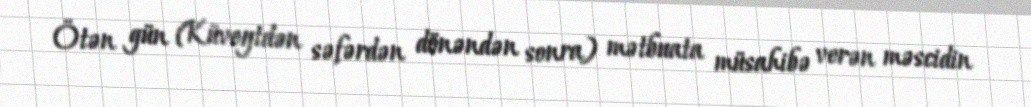
Ötən gün (Küveytdən səfərdən dönəndən sonra) mətbuata müsahibə verən məscidin